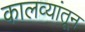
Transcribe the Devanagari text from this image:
कालव्यांतून